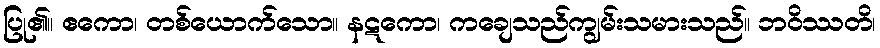
ပြု၏။ ဧကော၊ တစ်ယောက်သော။ နဋကော၊ ကချေသည်ကျွမ်းသမားသည်။ ဘဝိဿတိ၊